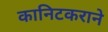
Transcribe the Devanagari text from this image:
कानिटकराने